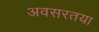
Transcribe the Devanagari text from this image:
अवसरतया